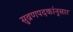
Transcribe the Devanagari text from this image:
सुव्रणपदकांनुसार